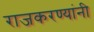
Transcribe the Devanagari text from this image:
राजकरण्यांनी